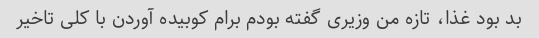
بد بود غذا، تازه من وزیری گفته بودم برام کوبیده آوردن با کلی تاخیر